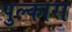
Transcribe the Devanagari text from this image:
पुल्कारा